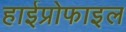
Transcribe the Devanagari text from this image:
हाईप्रोफाइल